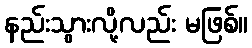
နည်းသွားလို့လည်း မဖြစ်။